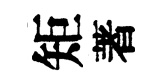
矩著